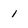
Character: 1